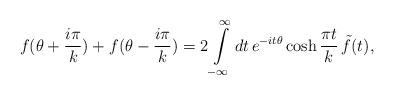
LaTeX: \begin{align*}f(\theta+ \frac{i \pi}{k}) + f( \theta - \frac{i \pi}{k}) = 2 \int\limits_{-\infty}^{\infty} dt \, e^{-i t\theta} \cosh \frac{\pi t}{k}\,\tilde{f}(t),\end{align*}